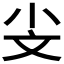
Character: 𣁂